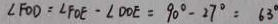
\angle F O D = \angle F O E - \angle D O E = 9 0 ^ { \circ } - 2 7 ^ { \circ } = 6 3 ^ { \circ }